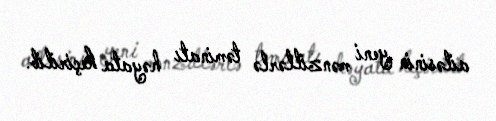
ailəsinin yeni mənzillərlə təminatı həyata keçirilib.